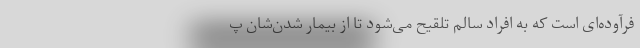
فرآوده‌ای است که به افراد سالم تلقیح می‌شود تا از بیمار شدن‌شان پ